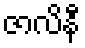
ဇာလိနီ